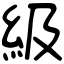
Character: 級